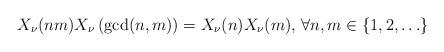
LaTeX: \begin{align*}X_{\nu}(nm)X_{\nu}\left(\textrm{gcd}(n,m)\right)=X_{\nu}(n)X_{\nu}(m)\textrm{, }\forall n,m\in\{1,2,\ldots\}\end{align*}